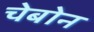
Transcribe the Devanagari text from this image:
चेबोन